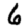
Digit: 6